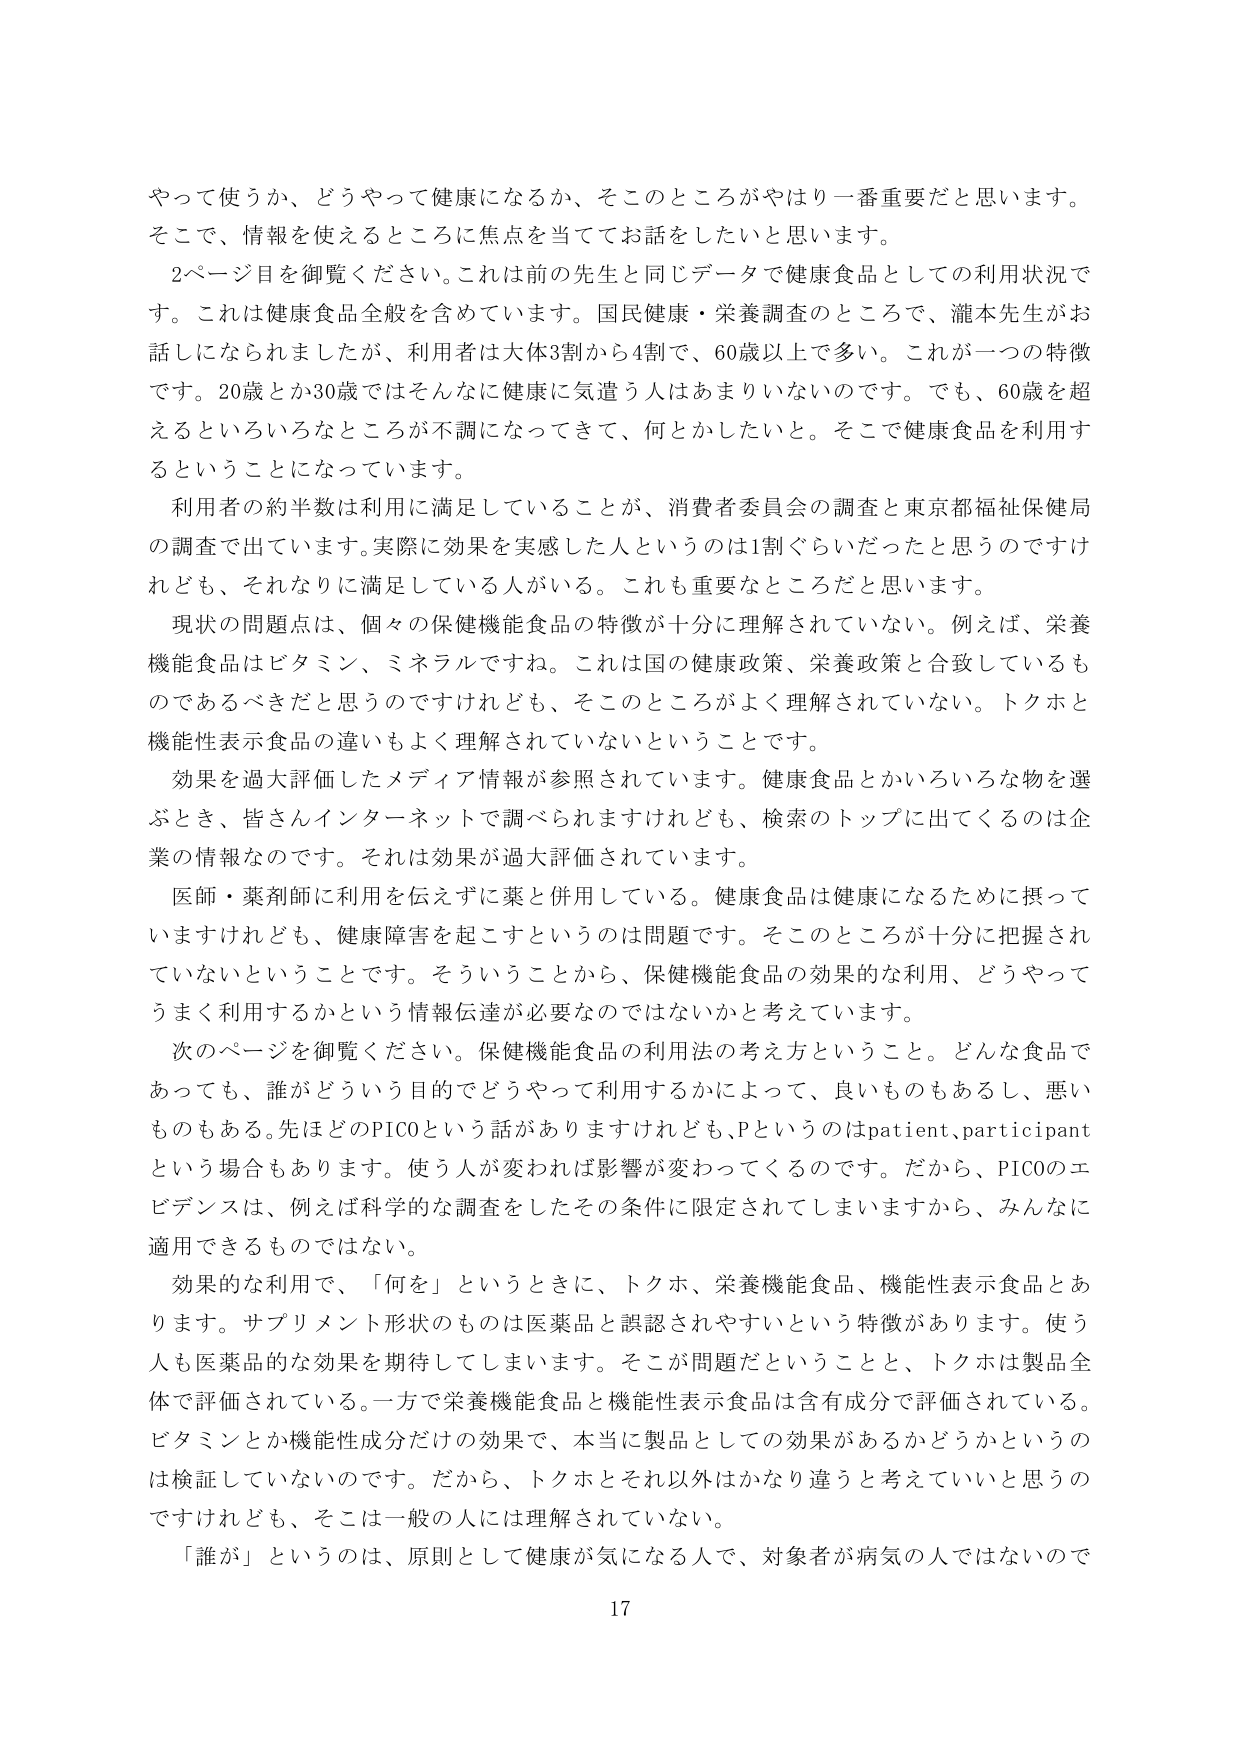
やって使うか、どうやって健康になるか、そこのところがやはり一番重要だと思います。
そこで、情報を使えるところに焦点を当ててお話をしていきたいと思います。
2ページ目を御覧ください。これは前の先生と同じデータで健康食品としての利用状況です。これは健康食品全般を含めています。国民健康・栄養調査のところで、瀧本先生がお話にになられましたが、利用者は大体3割から4割で、60歳以上で多い。これが一つの特徴です。20歳とか30歳ではそんなに健康に気遣う人はあまりいないのです。でも、60歳を超えるといろいろなところが不調になってきて、何とかしたいと。そこで健康食品を利用することになっています。
利用者の約半数は利用に満足していることが、消費者委員会の調査と東京都福祉保健局の調査で出ています。実際に効果を実感した人というのは1割ぐらいだったと思うのですけれども、それなりに満足している人がいる。これも重要なところだと思います。
現状の問題点は、個々の保健機能食品の特徴が十分に理解されていない。例えば、栄養機能食品はビタミン、ミネラルですね。これは国の健康政策、栄養政策と合致しているものであるべきだと思うのですけれども、そこのところがよく理解されていない。トクホと機能性表示食品の違いもよく理解されていないということです。
効果を過大評価したメディア情報が参照されています。健康食品とかいろいろな物を選ぶとき、皆さんインターネットで調べられますけれども、検索のトップに出てくるのは企業の情報なのです。それは効果が過大評価されています。
医師・薬剤師に利用を伝えずに薬と併用している。健康食品は健康になるために摂っていますけれども、健康障害を起こすというのは問題です。そこのところが十分に把握されていないということです。そういうことから、保健機能食品の効果的な利用、どうやってうまく利用するかという情報伝達が必要なのではないかと考えています。
次のページを御覧ください。保健機能食品の利用法の考え方ということ。どんな食品であっても、誰がどういう目的でどうやって利用するかによって、良いものもあるし、悪いものもある。先ほどのPICOという話がありますけれども、Pというのはpatient、participantという場合もあります。使う人が変われば影響が変わってくるのです。だから、PICOのエビデンスは、例えば科学的な調査をしたその条件に限定されてしまいますから、みんなに適用できるものではない。
効果的な利用で、「何を」というときに、トクホ、栄養機能食品、機能性表示食品とあります。サプリメント形状のものは医薬品と誤認されやすいという特徴があります。使う人も医薬品的な効果を期待してしまいます。そこが問題だということと、トクホは製品全体で評価されている。一方で栄養機能食品と機能性表示食品は含有成分で評価されている。ビタミンとか機能性成分だけの効果で、本当に製品としての効果があるかどうかというのは検証していないのです。だから、トクホとそれ以外はかなり違うと考えていいと思うのですけれども、そこは一般の人に理解されていない。
「誰が」というのは、原則として健康が気になる人で、対象者が病気の人ではないので
17